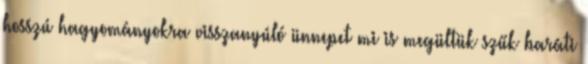
hosszú hagyományokra visszanyúló ünnepet mi is megültük szűk baráti